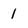
Character: l